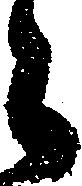
々